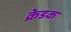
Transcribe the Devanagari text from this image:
क्रेडक